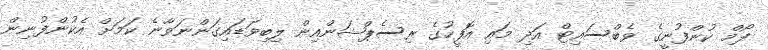
ފޯމް ކުންފުނީގެ ވެބްސައިޓް އަދި މައި އޮފީހުގެ ރިސެޕްޝަންއިން ލިބިވަޑައިގަންނަވާނެ ކަމަށް އެކުންފުނިން